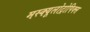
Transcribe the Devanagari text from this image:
मस्क्यूलोट्रोपिक्स